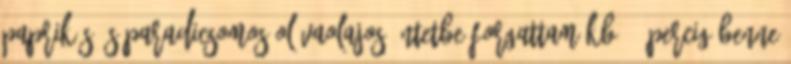
paprikás és paradicsomos olívaolajos öntetbe forgattam kb.20 percig benne